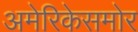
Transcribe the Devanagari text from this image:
अमेरिकेसमोर